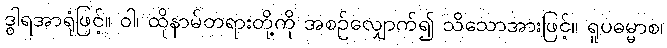
ဒွါရအာရုံဖြင့်။ ဝါ၊ ထိုနာမ်တရားတို့ကို အစဉ်လျှောက်၍ သိသောအားဖြင့်။ ရူပဓမ္မာစ၊